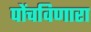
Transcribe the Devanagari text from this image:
पोंचविणारा